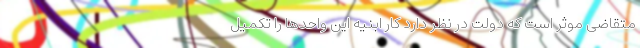
متقاضی موثر است که دولت در نظر دارد کار ابنیه این واحدها را تکمیل